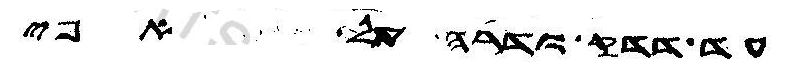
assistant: עד דדק ודרה על אפי